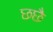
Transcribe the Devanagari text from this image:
छछै